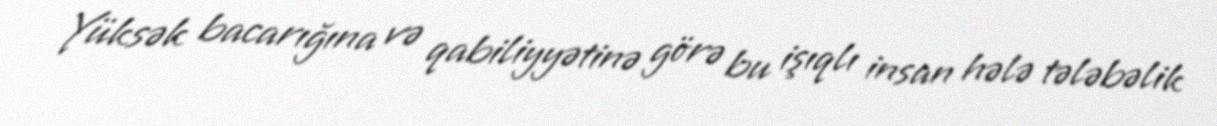
Yüksək bacarığına və qabiliyyətinə görə bu işıqlı insan hələ tələbəlik